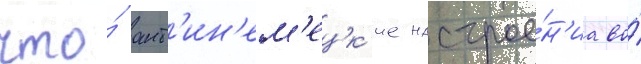
что́ ант'ин'ем'ецк'ие настрое́н'иа во́